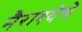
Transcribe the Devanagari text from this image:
नैराश्येचे